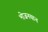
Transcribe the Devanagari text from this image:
भोजनयान